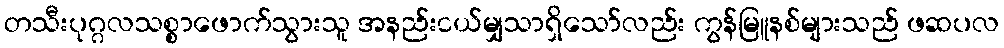
တသီးပုဂ္ဂလသစ္စာဖောက်သွားသူ အနည်းငယ်မျှသာရှိသော်လည်း ကွန်မြူနစ်များသည် ဖဆပလ